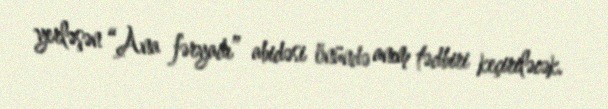
yerləşən “Ana fəryadı” abidəsi önündə anım tədbiri keçiriləcək.